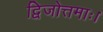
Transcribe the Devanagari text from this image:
द्विजोत्तमाः।